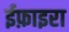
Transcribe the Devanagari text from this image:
ईफ़ाइरा